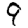
Digit: 9